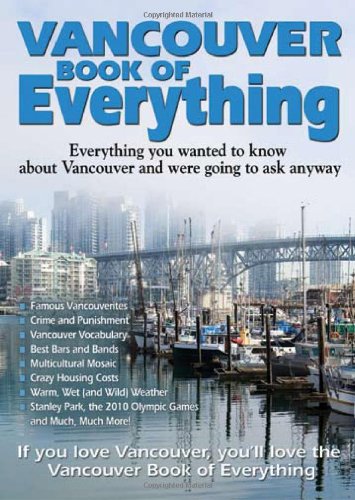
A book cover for Vancouver Book of Everything: Everything You Wanted to Know About Vancouver and Were Going to Ask Anyway; Samantha Amara; Travel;